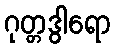
ဂုတ္တဒွါရော